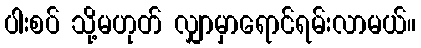
ပါးစပ် သို့မဟုတ် လျှာမှာရောင်ရမ်းလာမယ်။